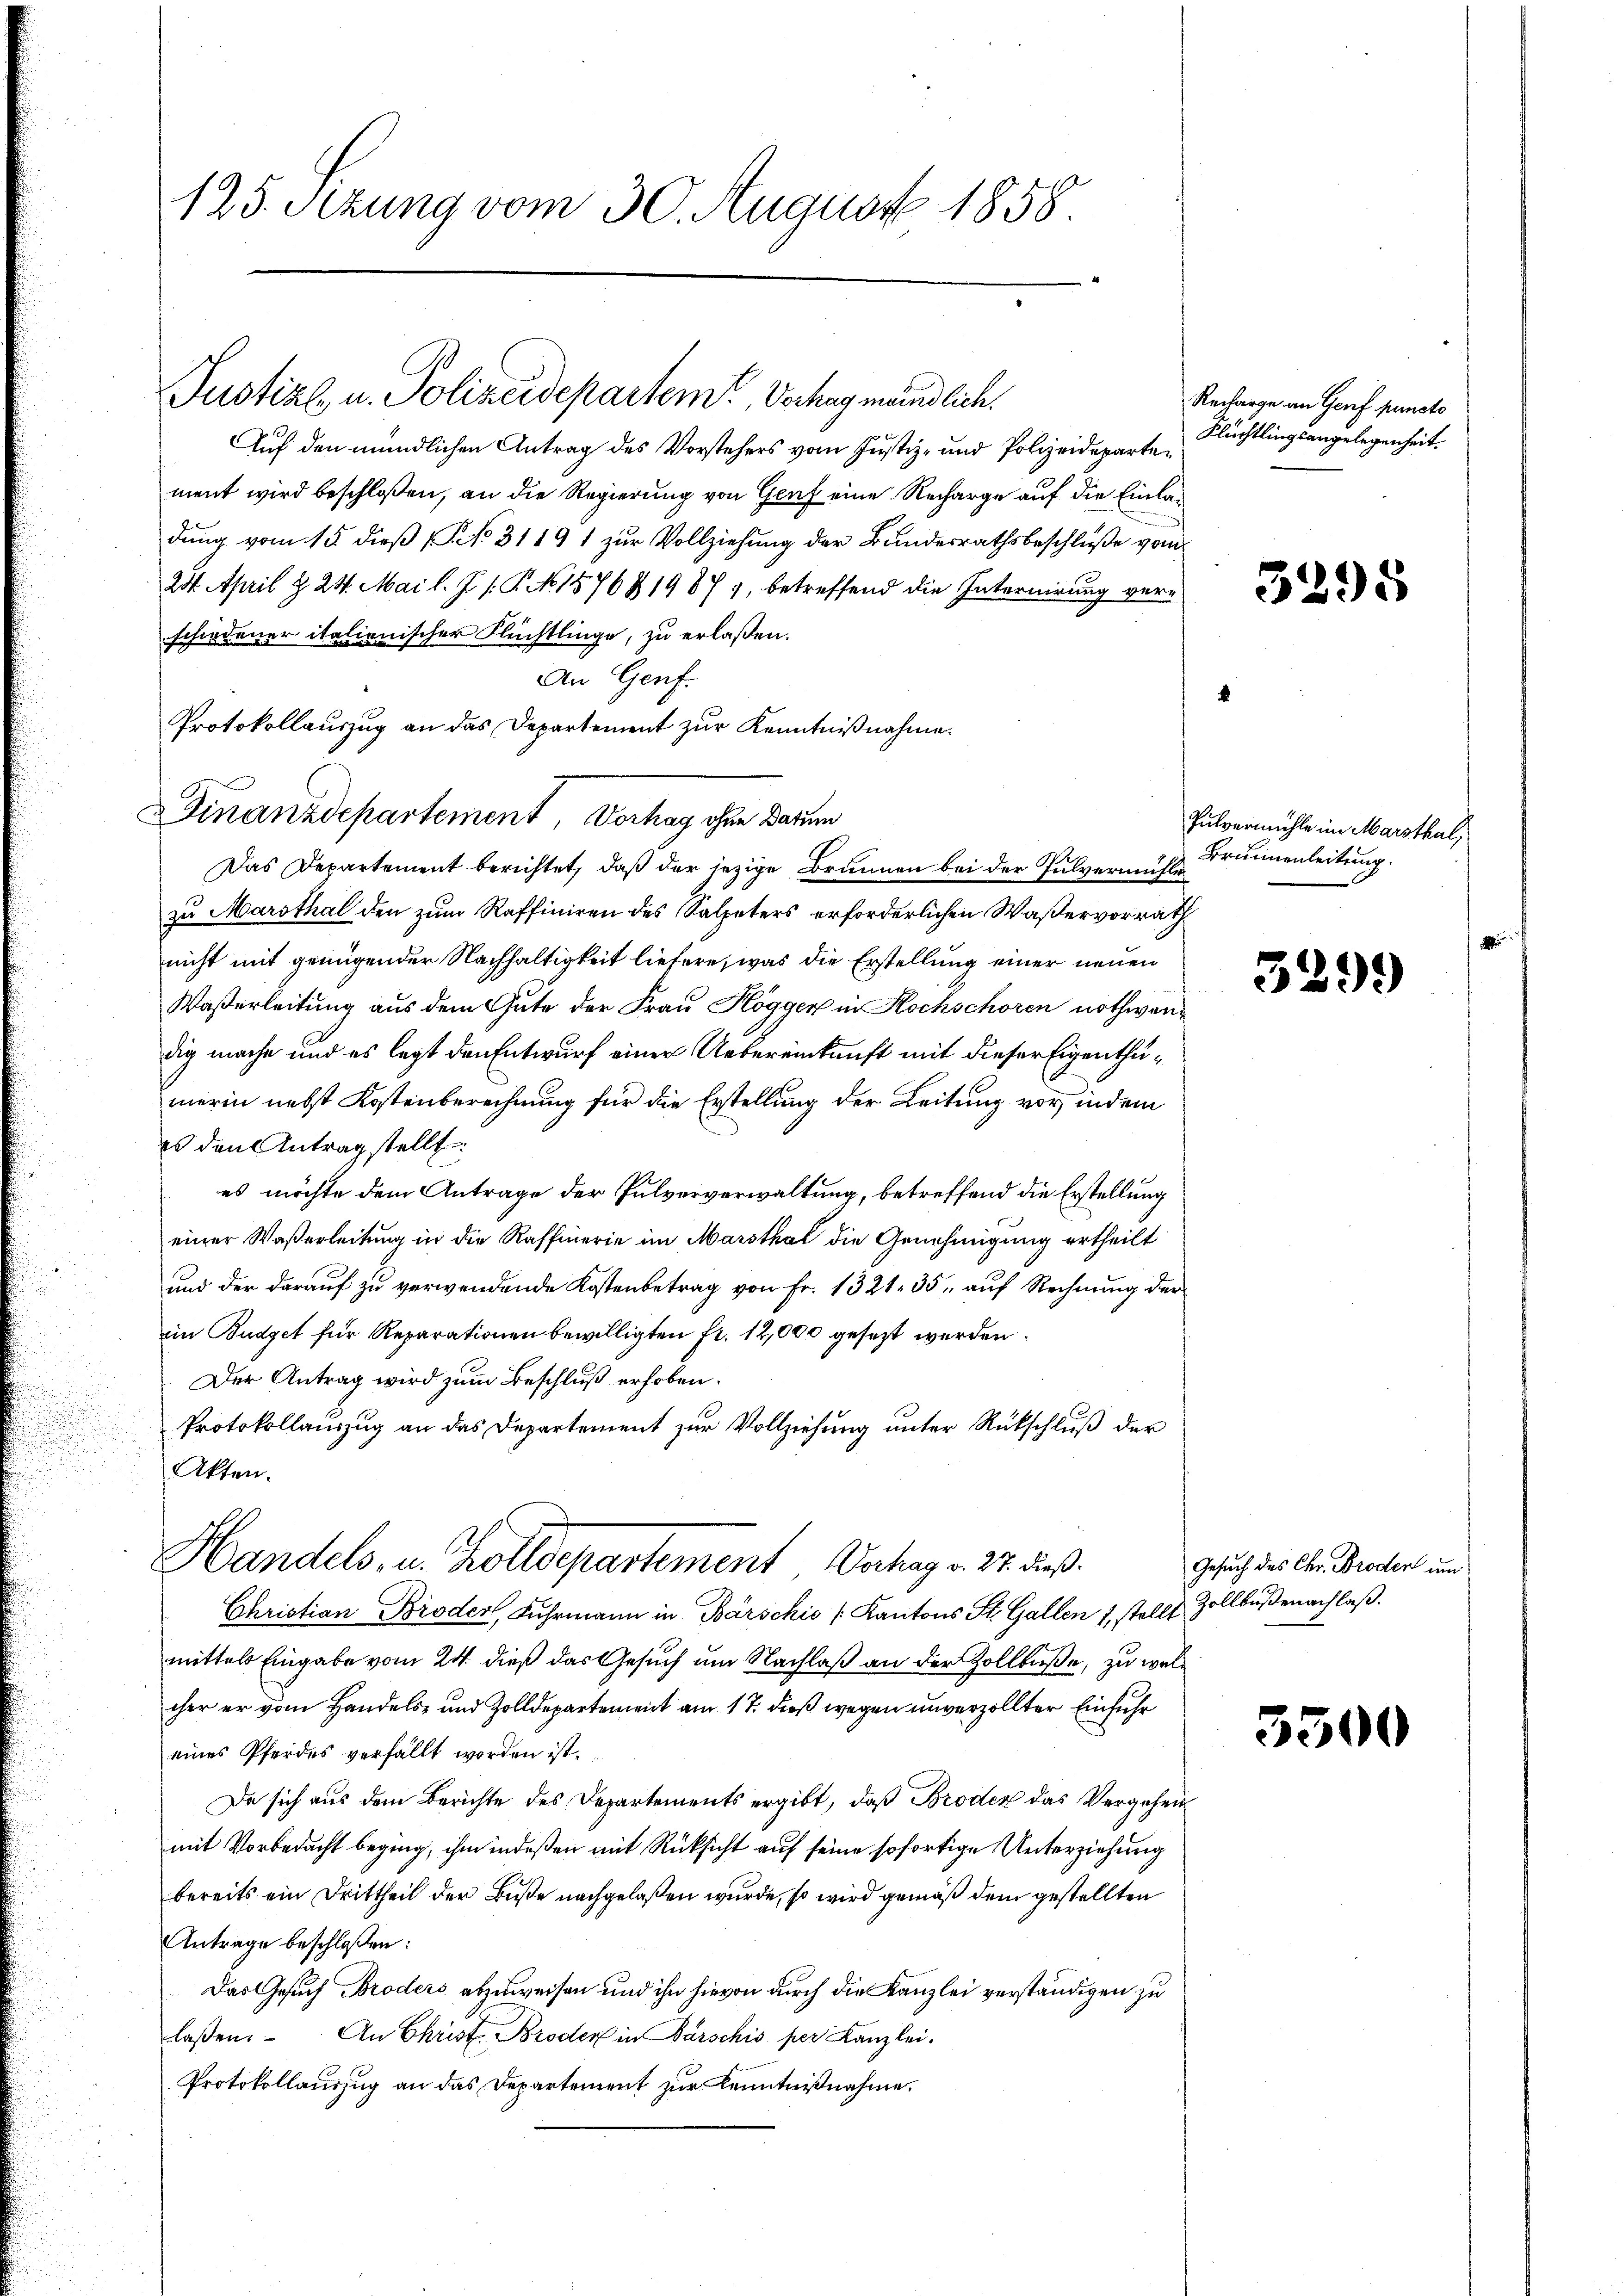
125. Sizung vom 30. August 1858.

Justizl, u. Polizeidepartem Verhag meindlich.

Finanzdepartement, Vorhag ohne darum

Auf den mündlichen Antrag des Vorstehers vom Justiz- und Polizeidepartement wird beschloßen, an die Regierung von Genf eine Recharge auf die Einladung vom 15. dieß (No. 3119 1 zur Vollziehung der Bundesrathsbeschluße vom
254. April & 24. Mai l. J. P.P. No. 1576 § 19877, betreffend die Internirung verschiedener italienischer Flüchtlinge, zu erlaßen.
An Genf.
Protokollauszug an das Departement zur Kenntnißnahme.
Das Departement berichtet, daß der jezige Brunnen bei der Pulvermühle
zu Marsthal den zum Raffiniren des Salpeters erforderlichen Waßervorrath
nicht mit genügender Nachhaltigkeit liefere, was die Erstellung einer neuen
Waßerleitung aus dem Gute der Frau Kögger in Hochschoren nothwendig mache und es legt den Entwurf einer Uebereinkunft mit dieser Eigenthumerin nebst Kostenberechnung für die Erstellung der Leitung vor, indem
es den Antragstellt:
es möchte dem Antrage der Pulververwaltung, betreffend die Erstellung
einer Waßerleitung in die Raffierie im Marsthal die Genehmigung ertheilt
und der darauf zu verwendende Kostenbetrag von Fr. 1321. 35. auf Rechnung der
im Budget für Reparationen bewilligten fr. 12,000 gesezt werden.
Der Antrag wird zum Beschluß erhoben.
Protokollauszug an das Departement zur Vollziehung unter Rückschluß der
Akten.
Handels, u. Zolldepartement, Verhag v. 27. dieß.
Christian Broder, Fuhrmann in Barschis /: Kantons St. Gallen 1, stellt Zollbüßenachlaß.
mittels Eingabe vom 24. dieß das Gesuch um Nachlaß an der Zollbaße, zu welcher er vom Handels- und Zolldepartement am 17. dieß wegen unverzollter Einfuhr
eines Pferdes verfällt worden ist.
Da sich aus dem Berichte des Departements ergibt, daß Broder das Vergehen
mit Vorbedacht beging, ihm indeßen mit Rücksicht auf seine sofortige Unterziehung
bereits ein Drittheil der Buße nachgelaßen wurde, so wird gemäß dem gestellten
Antrage beschloßen:
Das Gesuch Broders abzuweisen und ihn hievon durch die Kanzlei verständigen zu
laßen. An Christ. Broder in Barschis per Kanzlei.
Protokollauszug an das Departement zur Kenntnißnahme.

Recharge an Genf puncto
Flüchtlingsangelegenheit.

1

3295

Pulvermühle im Marsthal,
Brunnenleitung.

329)

Gesuch des Chr. Broder um

5500